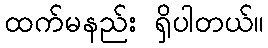
ထက်မနည်း ရှိပါတယ်။